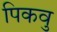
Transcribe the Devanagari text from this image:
पिकवु